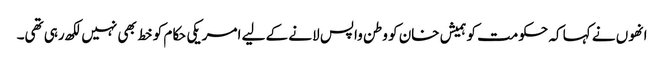
انھوں نے کہا کہ حکومت کو ہمیش خان کو وطن واپس لانے کے لیے امریکی حکام کو خط بھی نہیں لکھ رہی تھی۔